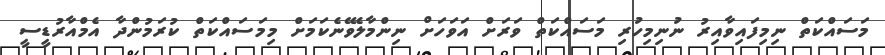
މަސައްކަތް ނިމިފައިވާއިރު ނުނިމިހުރި މަސައްކަތް ވަރަށް އަވަހަށް ނިންމާލެވޭނެކަމަށް މިމަސައްކަތް ކުރަމުންދާ އެމްއާރުޑީސީ